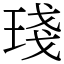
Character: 琖